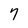
Character: 7